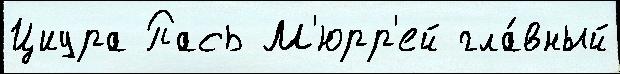
Циура Пась М'юрр'ей гла́вный